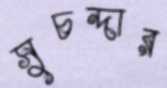
সুচন্দার